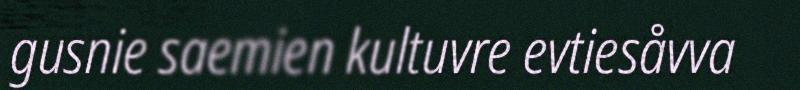
gusnie saemien kultuvre evtiesåvva